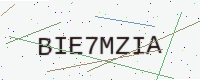
Text: BIE7MZIA